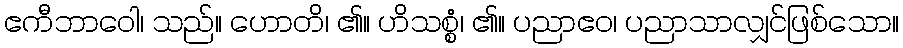
ဧကီဘာဝေါ၊ သည်။ ဟောတိ၊ ၏။ ဟိသစ္စံ၊ ၏။ ပညာဧဝ၊ ပညာသာလျှင်ဖြစ်သော။